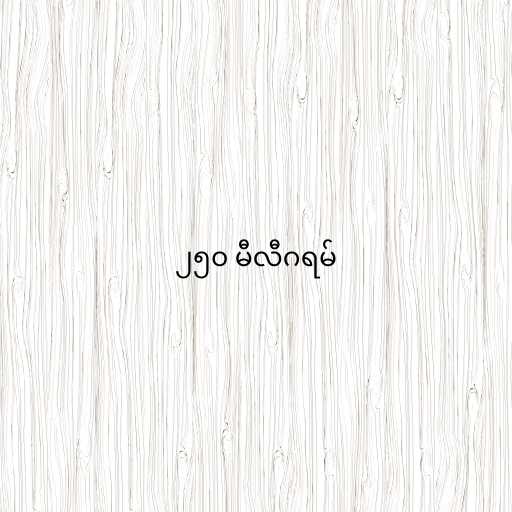
၂၅၀ မီလီဂရမ်